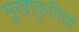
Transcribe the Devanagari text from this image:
मुखाकृतियों